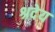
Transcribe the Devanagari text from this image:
श्रदेय